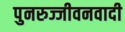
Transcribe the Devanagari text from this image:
पुनरुज्जीवनवादी